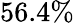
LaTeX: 56.4\%